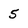
Character: 5